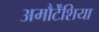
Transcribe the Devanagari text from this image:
अमौर्टेंशिया